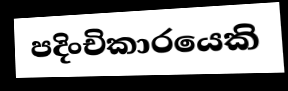
පදිංචිකාරයෙකි